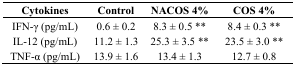
| Cytokines | Control | NACOS 4% | COS 4% |
 | --- | --- | --- | --- |
 | IFN-γ (pg/mL) | 0.6 ± 0.2 | 8.3 ± 0.5 ** | 8.4 ± 0.3 ** |
 | IL-12 (pg/mL) | 11.2 ± 1.3 | 25.3 ± 3.5 ** | 23.5 ± 3.0 ** |
 | TNF-α (pg/mL) | 13.9 ± 1.6 | 13.4 ± 1.3 | 12.7 ± 0.8 |